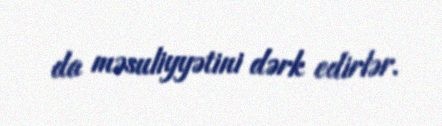
da məsuliyyətini dərk edirlər.